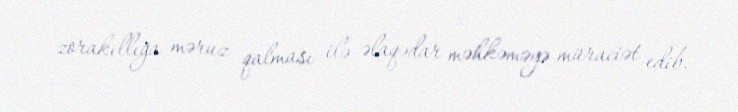
zorakıllığa məruz qalması ilə əlaqədar məhkəməyə müraciət edib.